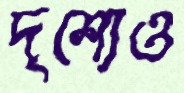
দৃশ্যেও